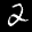
Label: 2